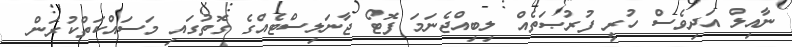
ނާއިލް އަދިވެސް ހުރީ ފުރުޞަތެއް ލިބިއްޖެނަމަ ފޮޓޯ ޖާނަލިސްޓެއްގެ ގޮތުގައި މަސައްކަތްކުރަން